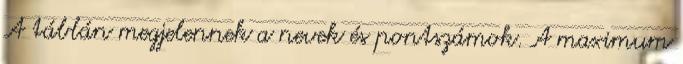
A táblán megjelennek a nevek és pontszámok. A maximum